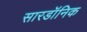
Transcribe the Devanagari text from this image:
सारडॉनिक